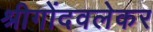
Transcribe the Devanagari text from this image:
श्रीगोंदवलेकर